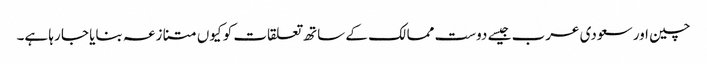
چین اور سعودی عرب جیسے دوست ممالک کے ساتھ تعلقات کو کیوں متنازعہ بنایا جا رہا ہے۔